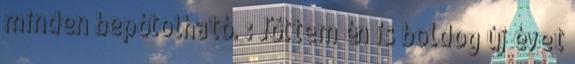
minden bepótolható. : Jöttem én is boldog új évet